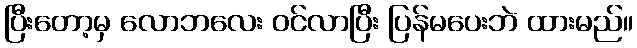
ပြီးတော့မှ လောဘလေး ဝင်လာပြီး ပြန်မပေးဘဲ ထားမည်။